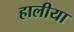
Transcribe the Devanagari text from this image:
हालीया